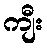
ကျီး